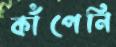
কাঁপেনি